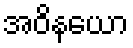
အဝိနယော